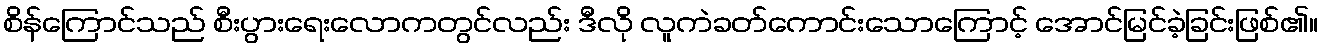
စိန်ကြောင်သည် စီးပွားရေးလောကတွင်လည်း ဒီလို လူကဲခတ်ကောင်းသောကြောင့် အောင်မြင်ခဲ့ခြင်းဖြစ်၏။